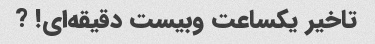
تاخیر یکساعت وبیست دقیقه‌ای! ?